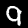
Label: 9